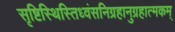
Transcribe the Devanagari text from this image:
सृष्टिस्थिस्तिध्वंसनिग्रहानुग्रहात्मकम्